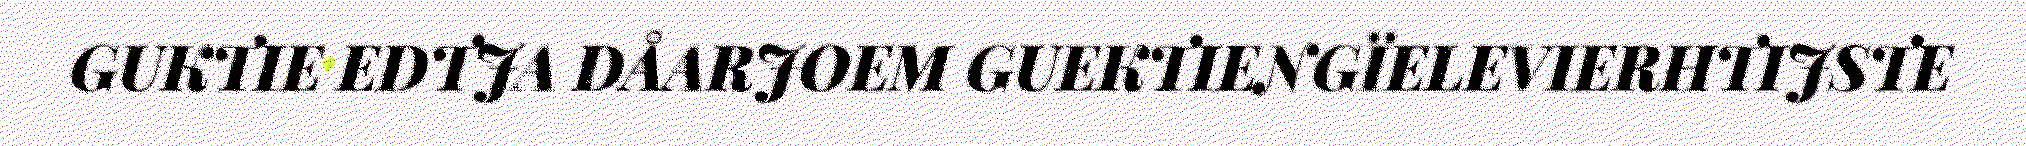
GUKTIE EDTJA DÅARJOEM GUEKTIENGÏELEVIERHTIJSTE